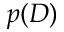
p ( D )